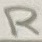
Text: R